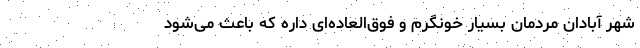
شهر آبادان مردمان بسیار خونگرم و فوق‌العاده‌ای داره که باعث می‌شود